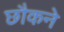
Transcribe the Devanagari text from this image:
छौकने